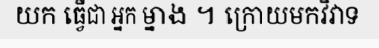
យក ធ្វើជា អ្នក ម្នាង ។ ក្រោយមកវិវាទ